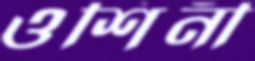
ওশিনী